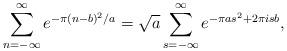
LaTeX: \begin{align*}\sum_{n=-\infty}^{\infty} e^{-\pi (n-b)^2/a} =\sqrt{a} \sum_{s=-\infty}^{\infty} e^{-\pi a s^2 + 2\pi i s b},\end{align*}